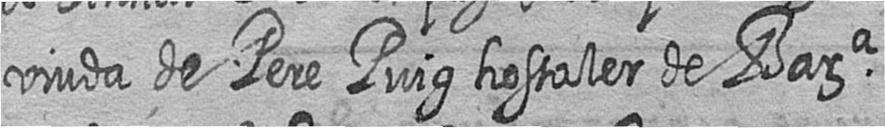
viuda de Pere Puig hostaler de Bara